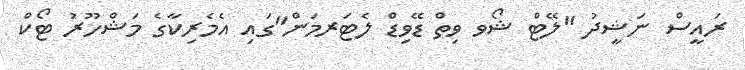
ރައީސް ނަޝީދު "ލޭޓް ޝޯވ ވިތް ޑޭވިޑް ލެޓަރމަން"ގައި އެމެރިކާގެ މަޝްހޫރު ޓޯކް